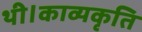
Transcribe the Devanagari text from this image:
थी।काव्यकृति